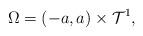
LaTeX: \begin{align*}\Omega = (- a, a) \times \mathcal{T}^1,\end{align*}